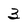
Character: 3